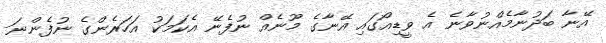
އޭނާ ބަދުނާމެއްނުވާނެ އެ ވީޑިއޯގައި އޭނާގެ މޫނެއް ނުފެނޭ އެކަމަކު އަހަރެންގެ ނުފެންނަ